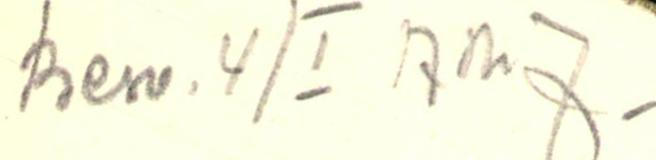
Besv. 4/I AMJ